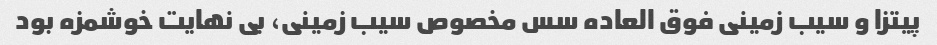
پیتزا و سیب زمینی فوق العاده سس مخصوص سیب زمینی، بی نهایت خوشمزه بود